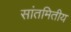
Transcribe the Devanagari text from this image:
सांतमितीय